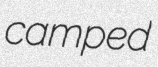
camped